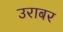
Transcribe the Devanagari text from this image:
उराबर